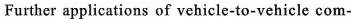
Further applications of vehicle-to-vehicle com-